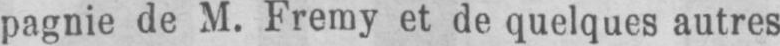
pagnie de M. Fremy et de quelques autres